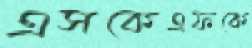
এসকেএফকে